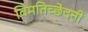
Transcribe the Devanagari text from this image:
विमतिच्छेदनी